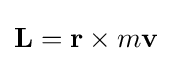
\mathbf {L} =\mathbf {r} \times m\mathbf {v}